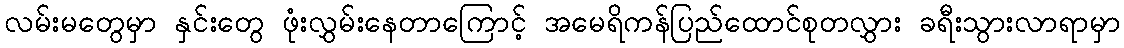
လမ်းမတွေမှာ နှင်းတွေ ဖုံးလွှမ်းနေတာကြောင့် အမေရိကန်ပြည်ထောင်စုတလွှား ခရီးသွားလာရာမှာ